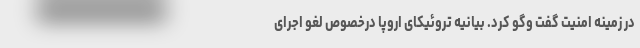
در زمینه امنیت گفت وگو کرد. بیانیه تروئیکای اروپا درخصوص لغو اجرای